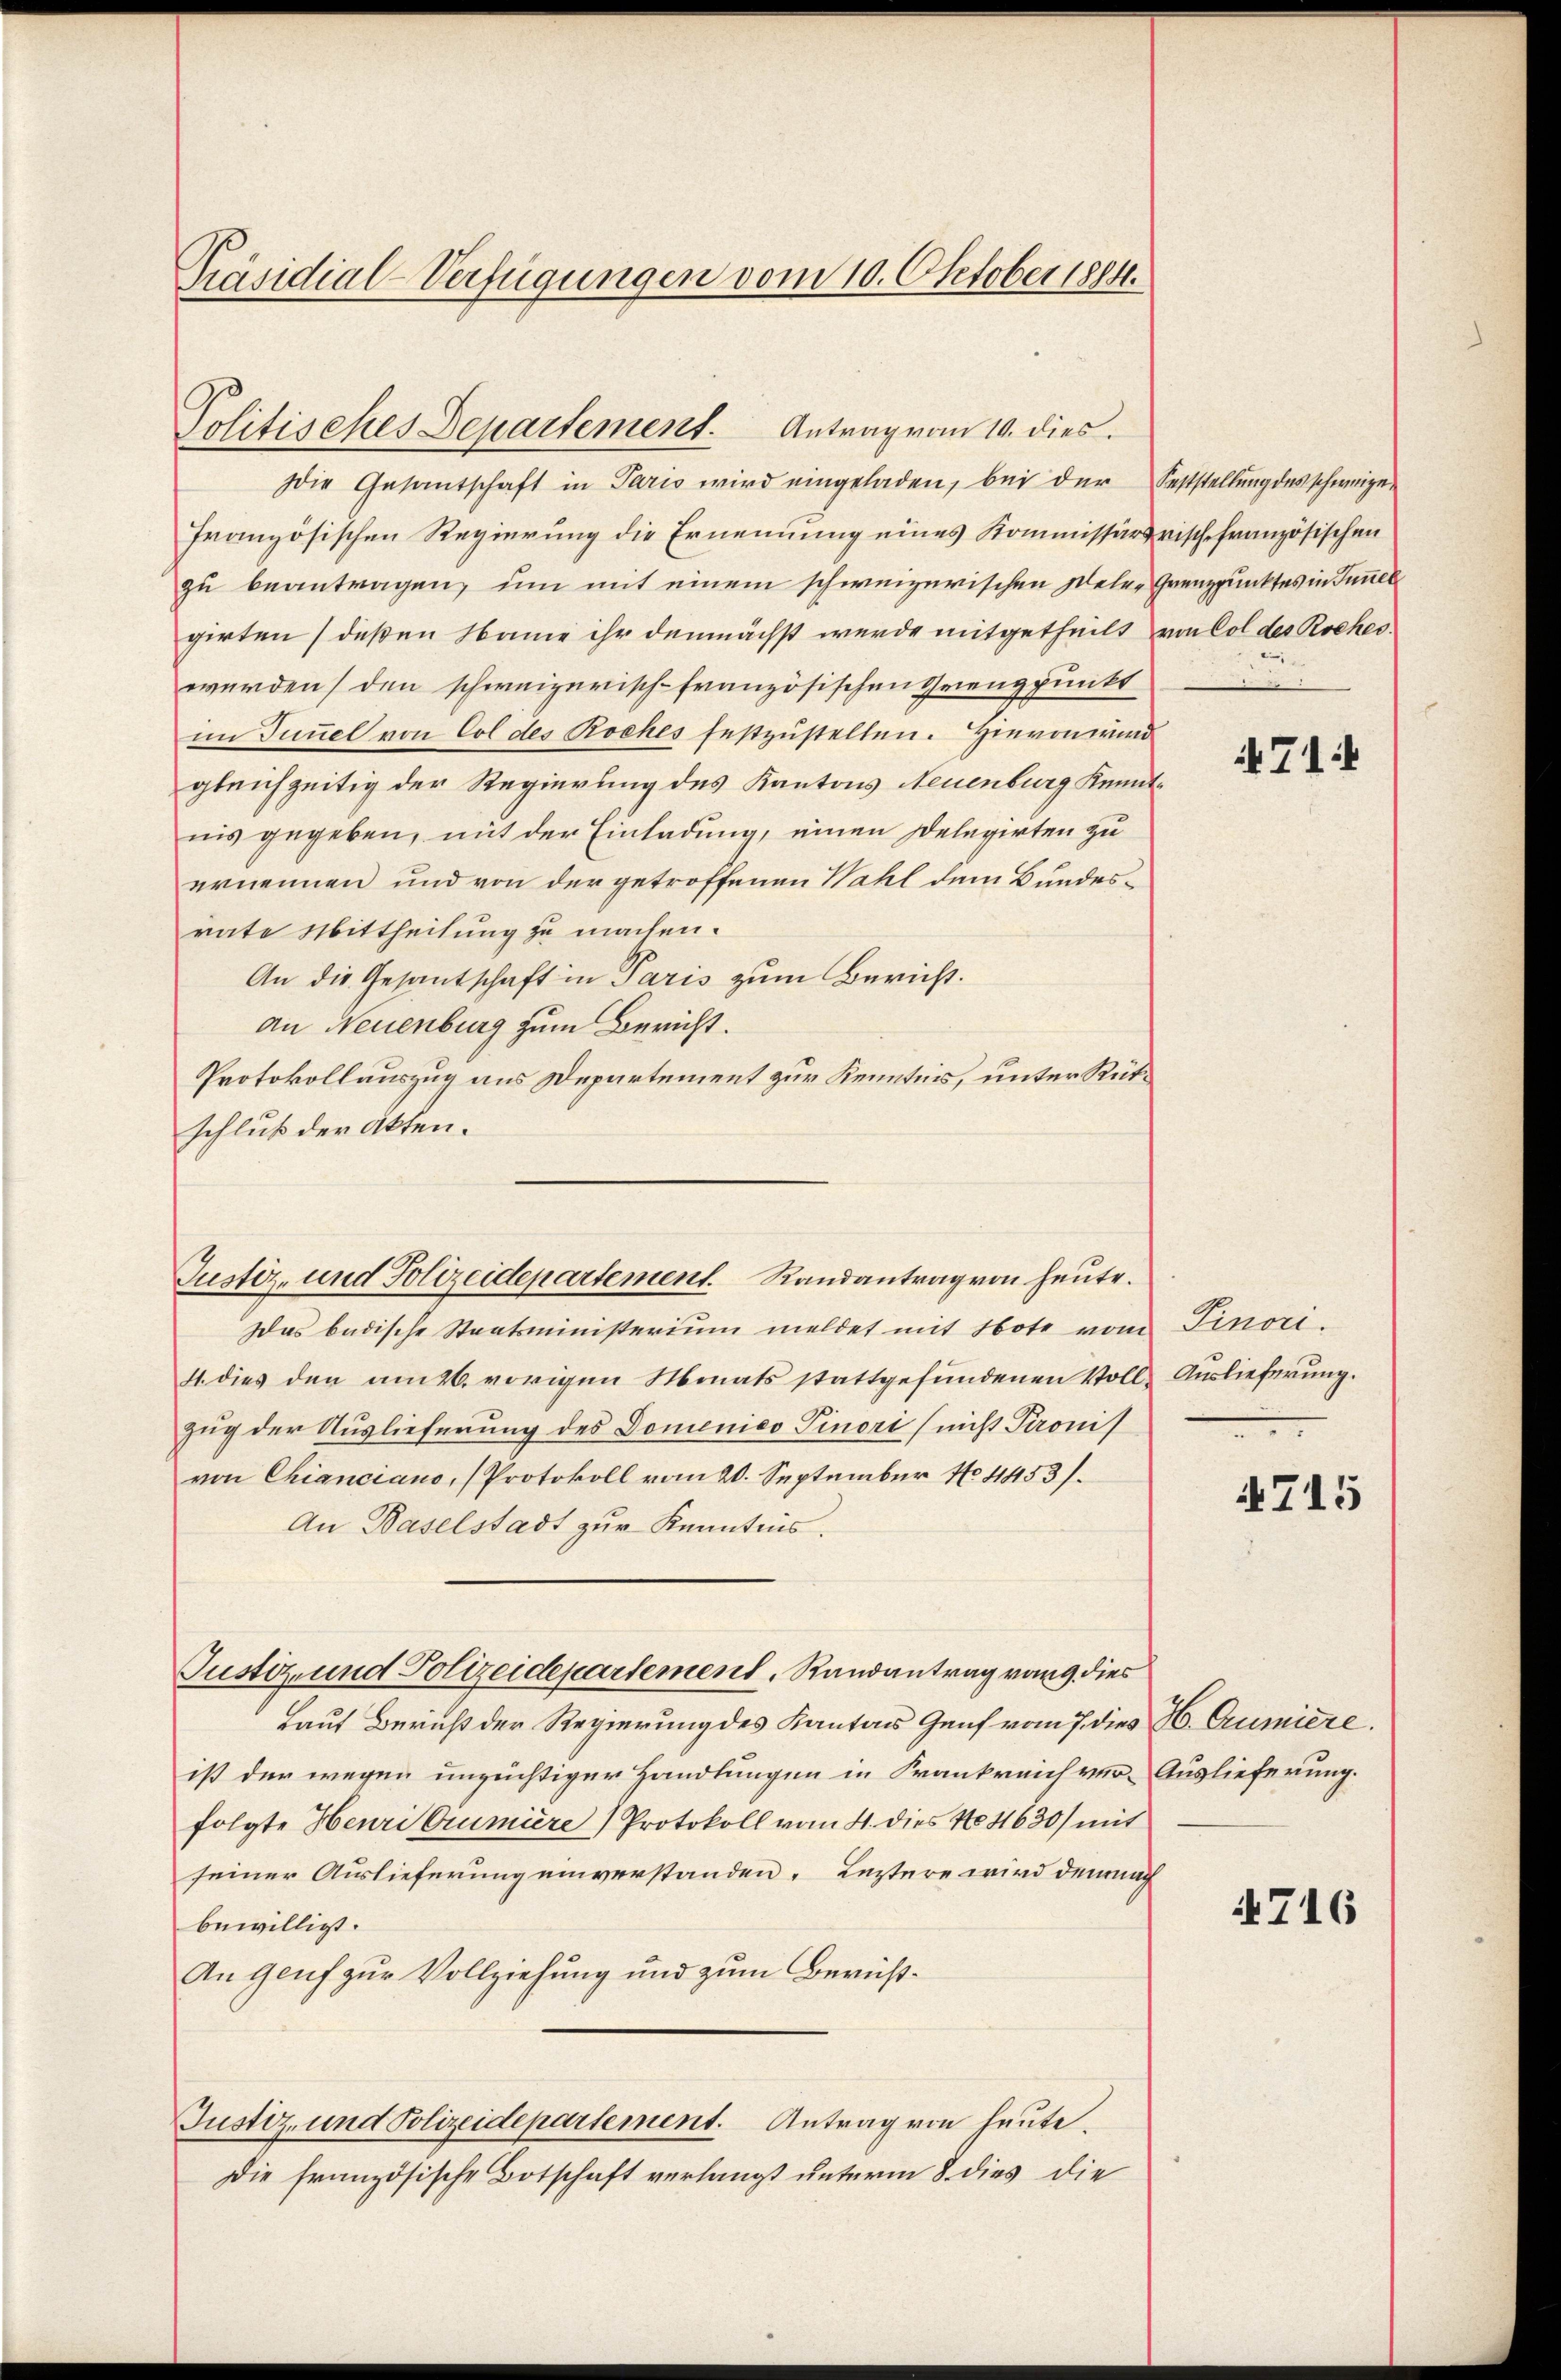
Präsidial-Verfügungen vom 10. Oktober 1884.

Politisches Departement. Antrag vom 10. dies

Justiz- und Polizeidepartement. Randantrag von heute.

Die Gesantschaft in Paris wird eingeladen, bei der Feststellung des schweizefranzösischen Regierung die Ernennung eines Kommissärsrische französischen
zu beantragen, um mit einem schweizerischen Deler Grenzpunktes in Inner
girten (deßen Name ihr demnächst werde mitgetheilt von Col des Roches
werden, den schweizerisch-französischen Grenzpunkt
im Tunnel von Col des Roches festzustellen. Hievon wird
gleichzeitig der Regierung des Kantons Neuenburg Kenntnis gegeben, mit der Einladung, einen Delegirten zu
ernennen und von der getroffenen Wahl dem Bundesrate Mittheilung zu machen.
An die Gesantschaft in Paris zum Bericht.
an Neuenburg zum Bericht.
Protokollauszug aus Departement zur Kenntnis, unter Rütschluß der Akten.
Das badische Staatsministerium meldet mit Note vom Finor.
41. dies den am 26. vorigen Monats stattgefundenen Voll- Auslieferung.
zug der Auslieferung des Domenico Pinori (nicht Pronis
von Chianciano, (Protokoll vom 20. September No 1453.
An Baselstadt zŭr Kenntnis.
Justiz- und Polizeidepartement. Randantrag vom 9 dies
Lauf Bericht der Regierung des Kantons Genf vom 7. dies H. Aumiere.
ist der wegen unzüchtiger Handlungen in Frankreich ver-Auslieferung.
folgte Henri Crumiere) Protokoll vom 4. dies No 11630) mit
seiner Auslieferung einverstanden. Leztere wird demnach
bewilligt.
An Genf zur Vollziehung und zum Berüß¬
Justiz- und Polizeidepartement. Antrag von heute.
Die französische Botschaft verlangt unterm 8. dies die

71:

4715

4716